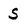
Character: S